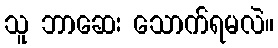
သူ ဘာဆေး သောက်ရမလဲ။